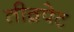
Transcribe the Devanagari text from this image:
तीव्रपेट